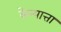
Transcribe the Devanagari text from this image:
केन्यात्ता